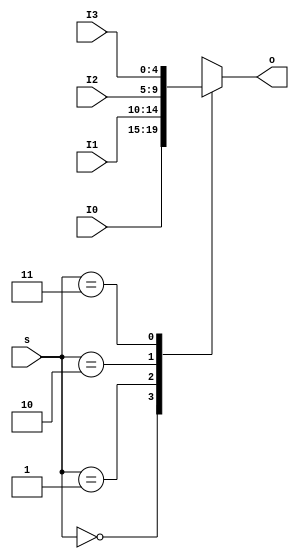
module   MUX4T1_5(input [1:0]s,
						 input [4:0]I0,
						 input [4:0]I1,
						 input [4:0]I2,
						 input [4:0]I3,						
						 output reg[4:0]o
						 );

		always @ *//54,I0I1I2I30123
			case(s)
				2'd0: o <= I0;
				2'd1: o <= I1;
				2'd2: o <= I2;
				2'd3: o <= I3;
			endcase	
endmodule